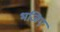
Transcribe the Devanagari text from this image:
भजिए